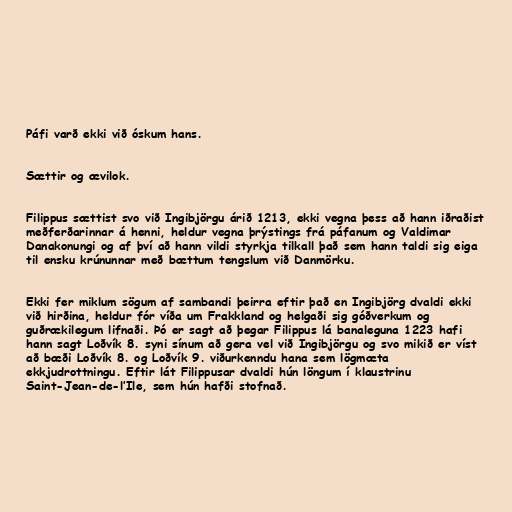
Páfi varð ekki við óskum hans.

Sættir og ævilok.

Filippus sættist svo við Ingibjörgu árið 1213, ekki vegna þess að hann iðraðist
meðferðarinnar á henni, heldur vegna þrýstings frá páfanum og Valdimar
Danakonungi og af því að hann vildi styrkja tilkall það sem hann taldi sig eiga
til ensku krúnunnar með bættum tengslum við Danmörku.

Ekki fer miklum sögum af sambandi þeirra eftir það en Ingibjörg dvaldi ekki
við hirðina, heldur fór víða um Frakkland og helgaði sig góðverkum og
guðrækilegum lifnaði. Þó er sagt að þegar Filippus lá banaleguna 1223 hafi
hann sagt Loðvík 8. syni sínum að gera vel við Ingibjörgu og svo mikið er víst
að bæði Loðvík 8. og Loðvík 9. viðurkenndu hana sem lögmæta
ekkjudrottningu. Eftir lát Filippusar dvaldi hún löngum í klaustrinu
Saint-Jean-de-l’Ile, sem hún hafði stofnað.